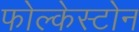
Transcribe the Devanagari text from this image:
फोल्केस्टोन